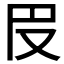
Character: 𠬩